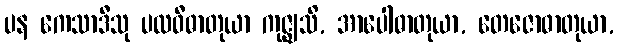
ပန ကေသာဒီသု ပထဝီဓာတုယာ ကုဇ္ဈသိ, အာပေါဓာတုယာ, တေဇောဓာတုယာ,